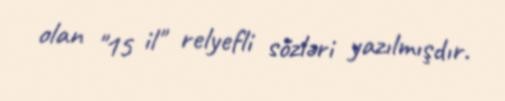
olan "15 il" relyefli sözləri yazılmışdır.